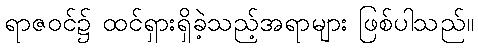
ရာဇဝင်၌ ထင်ရှားရှိခဲ့သည့်အရာများ ဖြစ်ပါသည်။